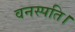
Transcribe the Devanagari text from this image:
वनस्पति।